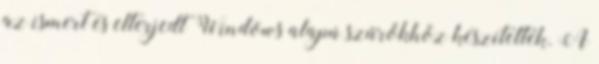
az ismert és elterjedt Windows alapú szűrőkhöz készítették. A